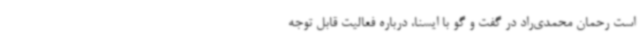
است رحمان محمدی‌راد در گفت و گو با ایسنا، درباره فعالیت قابل توجه